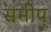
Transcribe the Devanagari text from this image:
समीप्